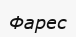
Фарес